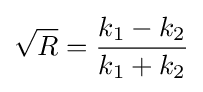
{\sqrt {R}}={\frac {k_{1}-k_{2}}{k_{1}+k_{2}}}